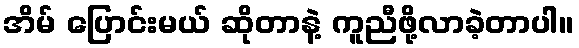
အိမ် ပြောင်းမယ် ဆိုတာနဲ့ ကူညီဖို့လာခဲ့တာပါ။